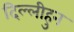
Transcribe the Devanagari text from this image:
दिल्लीहुन